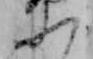
ふ